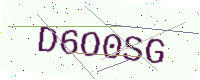
Text: D6O0SG